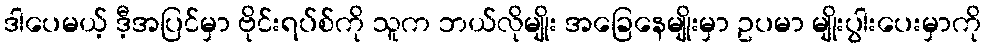
ဒါပေမယ့် ဒီ့အပြင်မှာ ဗိုင်းရပ်စ်ကို သူက ဘယ်လိုမျိုး အခြေနေမျိုးမှာ ဥပမာ မျိုးပွါးပေးမှာကို